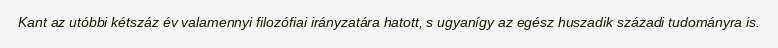
Kant az utóbbi kétszáz év valamennyi filozófiai irányzatára hatott, s ugyanígy az egész huszadik századi tudományra is.